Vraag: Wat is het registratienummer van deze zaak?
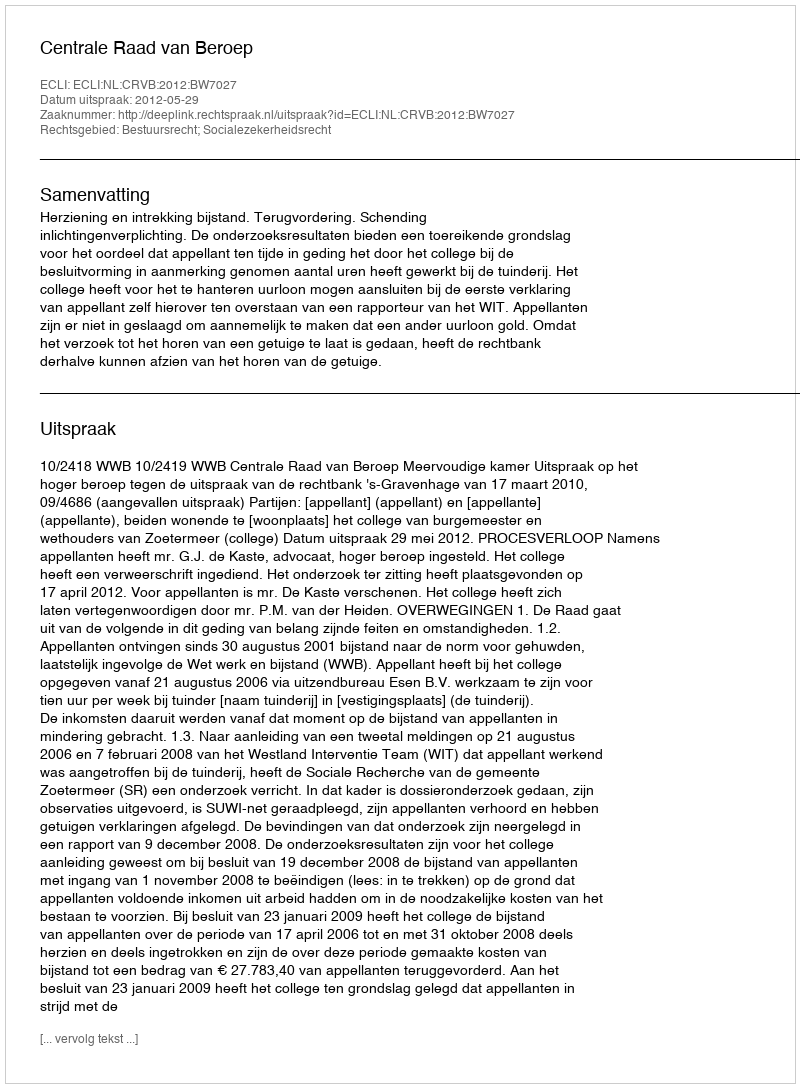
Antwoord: http://deeplink.rechtspraak.nl/uitspraak?id=ECLI:NL:CRVB:2012:BW7027